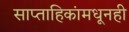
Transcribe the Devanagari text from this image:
साप्ताहिकांमधूनही